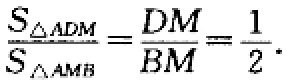
$\frac{S_{\triangle ADM}}{S_{\triangle AMB}}=\frac{DM}{BM}=\frac{1}{2}.$